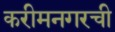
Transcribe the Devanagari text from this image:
करीमनगरची